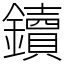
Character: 鑟